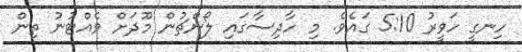
ހިނގީ ހަވީރު 5:10 ގައެވެ. މި ހާދިސާގައި ލޯންޗުން މޫދަށް ވެއްޓުނު ތިން